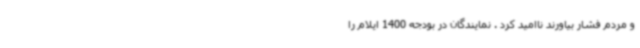
و مردم فشار بیاورند ناامید کرد . نمایندگان در بودجه 1400 ایلام را